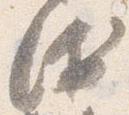
衛